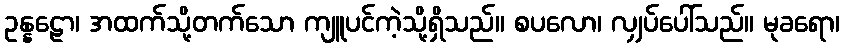
ဥန္နဠော၊ အထက်သို့တက်သော ကျူပင်ကဲ့သို့ရှိသည်။ စပလော၊ လျှပ်ပေါ်သည်။ မုခရော၊